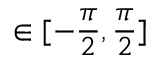
\in [ - \frac { \pi } { 2 } , \frac { \pi } { 2 } ]